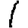
Digit: 1